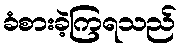
ခံစားခဲ့ကြရသည်